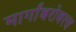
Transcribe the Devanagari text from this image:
मार्गांबरोबरच